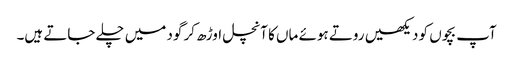
آپ بچوں کو دیکھیں روتے ہوئے ماں کا آنچل اوڑھ کر گود میں چلے جاتے ہیں۔